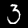
Digit: 3